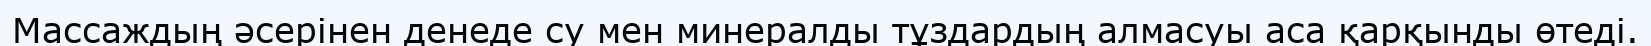
Массаждың әсерінен денеде су мен минералды тұздардың алмасуы аса қарқынды өтеді.